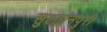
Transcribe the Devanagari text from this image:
सुल्तांनपुरी